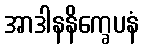
အာဒါနနိက္ခေပနံ